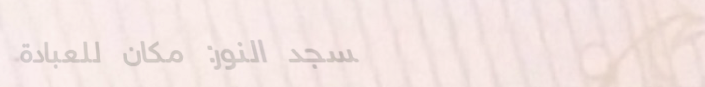
مسجد النور: مكان للعبادة